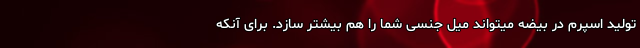
تولید اسپرم در بیضه میتواند میل جنسی شما را هم بیشتر سازد. برای آنکه